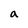
Character: a